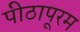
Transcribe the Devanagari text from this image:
पीठापूरम